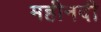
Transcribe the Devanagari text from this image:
महीनदी